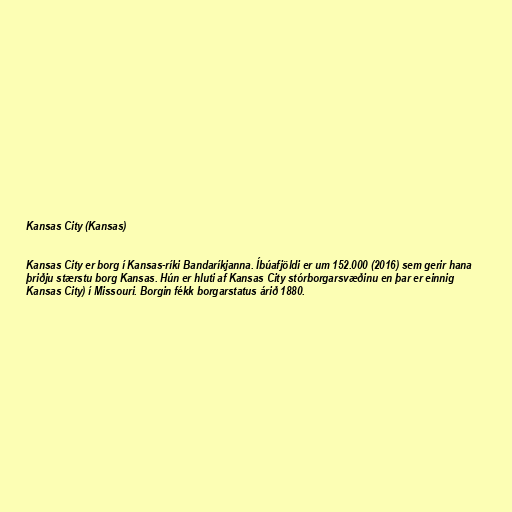
Kansas City (Kansas)

Kansas City er borg í Kansas-ríki Bandaríkjanna. Íbúafjöldi er um 152.000 (2016) sem gerir hana
þriðju stærstu borg Kansas. Hún er hluti af Kansas City stórborgarsvæðinu en þar er einnig
Kansas City) í Missouri. Borgin fékk borgarstatus árið 1880.